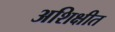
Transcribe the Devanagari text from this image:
अशिक्षीत